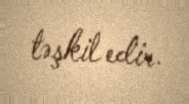
təşkil edir.